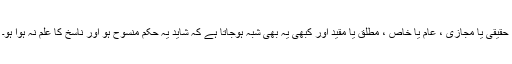
حقیقی یا مجازی ، عام یا خاص ، مطلق یا مقید اور کبھی یہ بھی شبہ ہوجاتا ہے کہ شاید یہ حکم منسوح ہو اور ناسخ کا علم نہ ہوا ہو۔